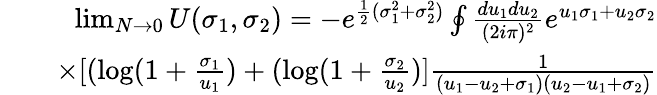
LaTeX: \begin{array}{rlr}&{}&{\operatorname*{lim}_{N\to 0}U(\sigma_{1},\sigma_{2})=-e^{\frac{1}{2}(\sigma_{1}^{2}+\sigma_{2}^{2})}\oint\frac{du_{1}du_{2}}{(2i\pi)^{2}}e^{u_{1}\sigma_{1}+u_{2}\sigma_{2}}}\\ &{}&{\times[(\mathrm{log}(1+\frac{\sigma_{1}}{u_{1}})+(\mathrm{log}(1+\frac{\sigma_{2}}{u_{2}})]\frac{1}{(u_{1}-u_{2}+\sigma_{1})(u_{2}-u_{1}+\sigma_{2})}}\end{array}